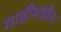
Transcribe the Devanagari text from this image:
गाडीमधील